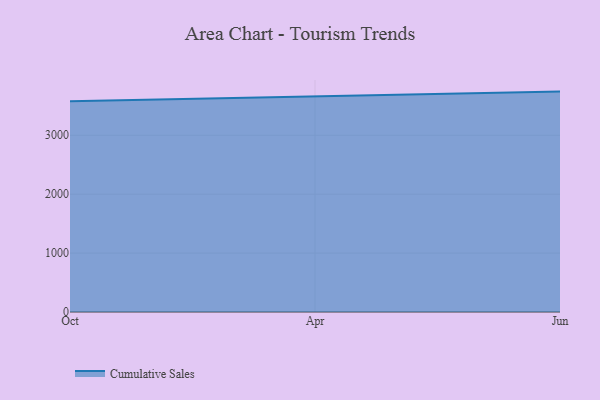
{"axis": {"x": "Month", "y": "Latency (ms)"}, "legend": ["Cumulative Sales"], "data": [{"x": "Oct", "y": 3578.5, "type": "Cumulative Sales"}, {"x": "Apr", "y": 3661.1, "type": "Cumulative Sales"}, {"x": "Jun", "y": 3741.8, "type": "Cumulative Sales"}]}